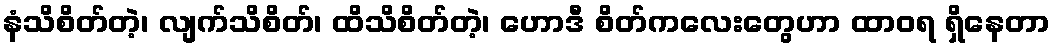
နံသိစိတ်တဲ့၊ လျက်သိစိတ်၊ ထိသိစိတ်တဲ့၊ ဟောဒီ စိတ်ကလေးတွေဟာ ထာဝရ ရှိနေတာ